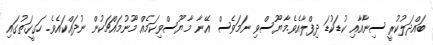
ބައްދަލުކުރީ ސިނާއާއި ކުޑަކުޑަ ދިފްލާއެވެ.މާޔޫސްވި ނަމަވެސް އޭނާ މާޔޫސްވިކަމެއް މޫނުމައްޗަކުން ނުދައްކައެވެ. ހަގީގަތުގައި